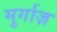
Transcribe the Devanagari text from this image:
मुर्गाज़